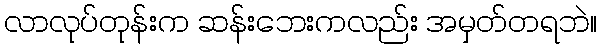
လာလုပ်တုန်းက ဆန်းဘေးကလည်း အမှတ်တရဘဲ။